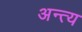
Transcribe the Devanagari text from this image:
अन्‍त्‍य